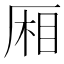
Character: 厢